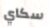
سكاي